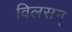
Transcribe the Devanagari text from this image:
विलसन्